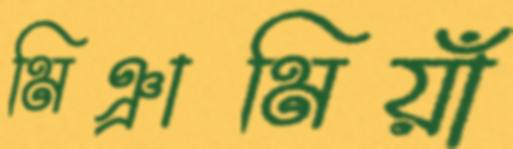
মিঞ্রামিয়াঁ